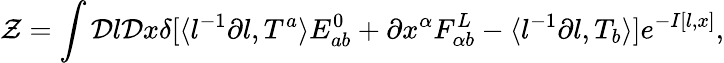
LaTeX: {\cal Z}=\int{\cal D}l{\cal D}x\delta[\langle l^{-1}\partial l,T^{a}\rangle E_{ab}^{0}+\partial x^{\alpha}F_{\alpha b}^{L}-\langle l^{-1}\partial l,T_{b}\rangle]e^{-I[l,x]},